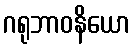
ဂရုဘာဝနိယော